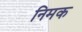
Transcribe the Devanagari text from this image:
निमक